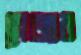
গ্লেজার